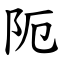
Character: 阨